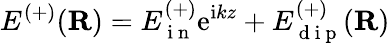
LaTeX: E^{(+)}(\mathbf R)=E_{\mathrm{~i~n~}}^{(+)}\mathrm{e}^{\mathrm{i}kz}+E_{\mathrm{~d~i~p~}}^{(+)}(\mathbf R)